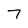
Character: 7